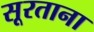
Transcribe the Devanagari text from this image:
सूरताना